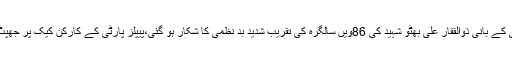
2014ء)سابق وزیر اعظم و پیپلزپارٹی کے بانی ذوالفقار علی بھٹو شہید کی 86ویں سالگرہ کی تقریب شدید بد نظمی کا شکار ہو گئی،پیپلز پارٹی کے کارکن کیک پر جھپٹ پڑے اور جسکے ہاتھ جو آیا لے اڑا ۔